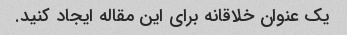
یک عنوان خلاقانه برای این مقاله ایجاد کنید.